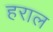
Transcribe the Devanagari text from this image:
हराल